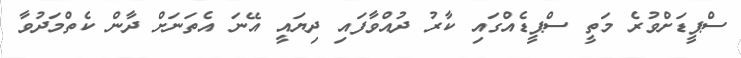
ސްޕީޑަށްވުރެ މަތީ ސްޕީޑެއްގައި ކާރު ދުއްވާފައި ދިޔައީ އޭނަ އެތަނަށް ދާން ކެތްމަދުވާ